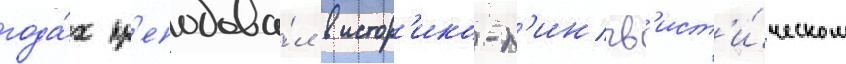
года́х пр'еподава́л в истор'ико-л'ингв'ист'и́ческом